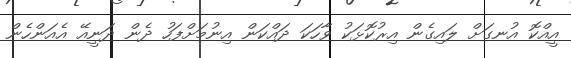
އީއްކޮ އުނގަށް ލައިގެން އިރުކޮޅަކު ވާހަކަ ދައްކަން އިނުމަށްފަހު ދެން ދަނީއޭ އެއަންހެން